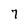
Character: 7